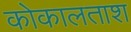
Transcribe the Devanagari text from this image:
कोकालताश